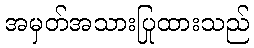
အမှတ်အသားပြုထားသည်